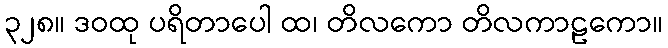
၃၂၈။ ဒဝထု ပရိတာပေါ ထ၊ တိလကော တိလကာဠကော။